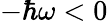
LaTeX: -\hbar\omega<0